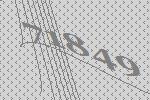
71849